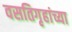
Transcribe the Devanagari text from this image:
वसतिगृहांच्या